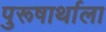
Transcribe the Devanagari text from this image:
पुरूषार्थाला